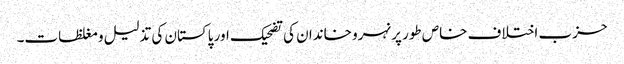
حزب اختلاف خاص طور پر نہرو خاندان کی تضحیک اور پاکستان کی تذلیل و مغلظات۔